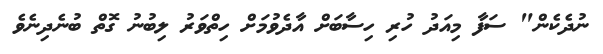
ނުދެކެން" ސަފާ މިއަދު ހުރި ހިސާބަށް އާދެވުމަށް ހިތްވަރު ލިބުނު ގޮތް ބުނެދިނެވެ